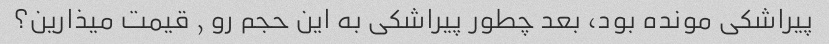
پیراشکی مونده بود، بعد چطور پیراشکی به این حجم رو ٫ قیمت میذارین؟